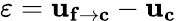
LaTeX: \varepsilon=\mathbf{u_{f\rightarrow c}}-\mathbf{u_{c}}